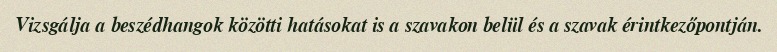
Vizsgálja a beszédhangok közötti hatásokat is a szavakon belül és a szavak érintkezőpontján.